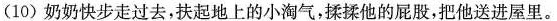
(10)奶奶快步走过去，扶起地上的小淘气，揉揉他的屁股，把他送进屋里。